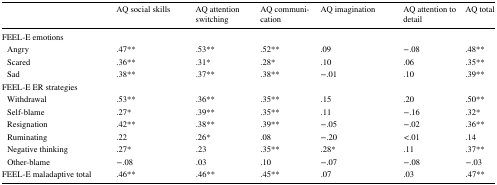
<table><thead><tr><td></td><td><b>AQ social skills</b></td><td><b>AQ attention switching</b></td><td><b>AQ communication</b></td><td><b>AQ imagination</b></td><td><b>AQ attention to detail</b></td><td><b>AQ total</b></td></tr></thead><tbody><tr><td colspan="7">FEEL-E emotions</td></tr><tr><td> Angry</td><td>.47**</td><td>.53**</td><td>.52**</td><td>.09</td><td>−.08</td><td>.48**</td></tr><tr><td> Scared</td><td>.36**</td><td>.31*</td><td>.28*</td><td>.10</td><td>.06</td><td>.35**</td></tr><tr><td> Sad</td><td>.38**</td><td>.37**</td><td>.38**</td><td>−.01</td><td>.10</td><td>.39**</td></tr><tr><td colspan="7">FEEL-E ER strategies</td></tr><tr><td> Withdrawal</td><td>.53**</td><td>.36**</td><td>.35**</td><td>.15</td><td>.20</td><td>.50**</td></tr><tr><td> Self-blame</td><td>.27*</td><td>.39**</td><td>.35**</td><td>.11</td><td>−.16</td><td>.32*</td></tr><tr><td> Resignation</td><td>.42**</td><td>.38**</td><td>.39**</td><td>−.05</td><td>−.02</td><td>.36**</td></tr><tr><td> Ruminating</td><td>.22</td><td>.26*</td><td>.08</td><td>−.20</td><td>&lt;.01</td><td>.14</td></tr><tr><td> Negative thinking</td><td>.27*</td><td>.23</td><td>.35**</td><td>.28*</td><td>.11</td><td>.37**</td></tr><tr><td> Other-blame</td><td>−.08</td><td>.03</td><td>.10</td><td>−.07</td><td>−.08</td><td>−.03</td></tr><tr><td>FEEL-E maladaptive total</td><td>.46**</td><td>.46**</td><td>.45**</td><td>.07</td><td>.03</td><td>.47**</td></tr></tbody></table>